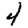
Digit: 4